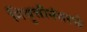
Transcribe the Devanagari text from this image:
निवृत्तीनंतरचे